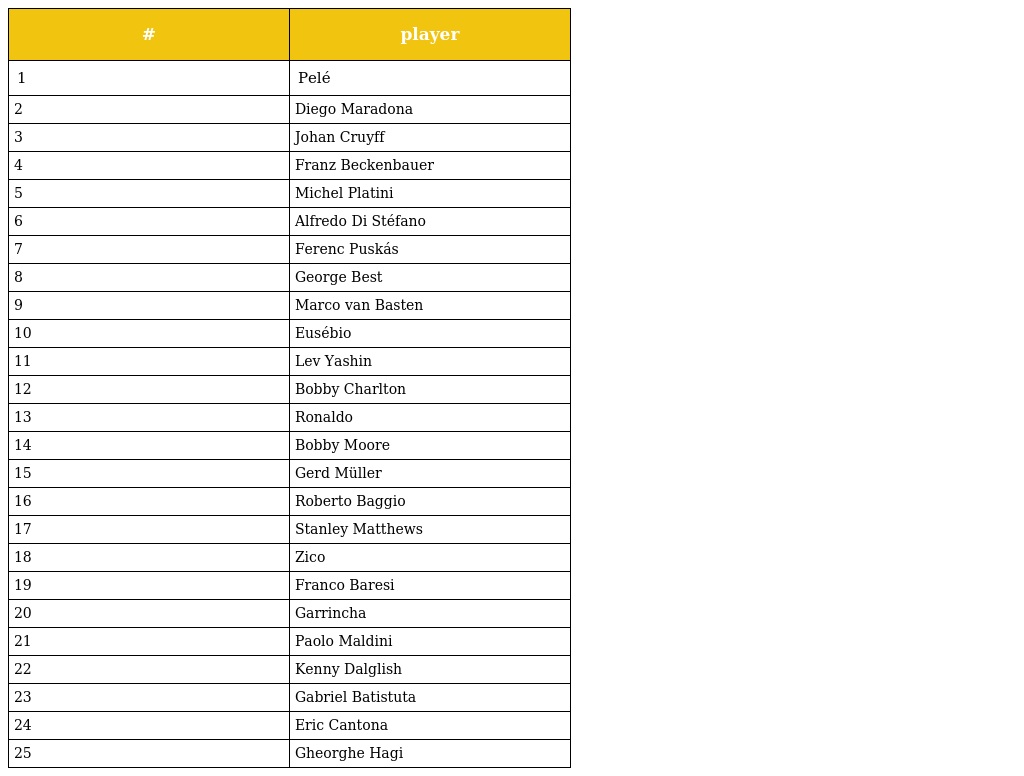
| # | player |
 | --- | --- |
 | 1 | Pelé |
 | 2 | Diego Maradona |
 | 3 | Johan Cruyff |
 | 4 | Franz Beckenbauer |
 | 5 | Michel Platini |
 | 6 | Alfredo Di Stéfano |
 | 7 | Ferenc Puskás |
 | 8 | George Best |
 | 9 | Marco van Basten |
 | 10 | Eusébio |
 | 11 | Lev Yashin |
 | 12 | Bobby Charlton |
 | 13 | Ronaldo |
 | 14 | Bobby Moore |
 | 15 | Gerd Müller |
 | 16 | Roberto Baggio |
 | 17 | Stanley Matthews |
 | 18 | Zico |
 | 19 | Franco Baresi |
 | 20 | Garrincha |
 | 21 | Paolo Maldini |
 | 22 | Kenny Dalglish |
 | 23 | Gabriel Batistuta |
 | 24 | Eric Cantona |
 | 25 | Gheorghe Hagi |